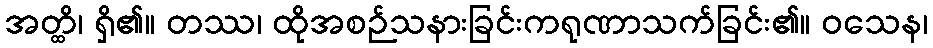
အတ္ထိ၊ ရှိ၏။ တဿ၊ ထိုအစဉ်သနားခြင်းကရုဏာသက်ခြင်း၏။ ဝသေန၊